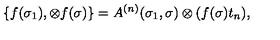
\{ f ( \sigma _ { 1 } ) , \otimes f ( \sigma ) \} = A ^ { ( n ) } ( \sigma _ { 1 } , \sigma ) \otimes ( f ( \sigma ) t _ { n } ) ,